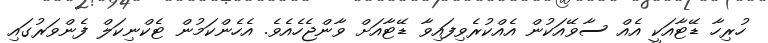
ހުރިހާ ޑޭޓާއަކީ އެއް ސާވޭއަކުން އެއްކުރެވިފައިވާ ޑޭޓާއަށް ވާންޖެހެއެވެ. އެހެންކަމުން ޓެކްނިކަލް ފެންވަރުގައި